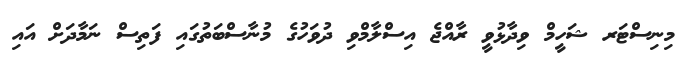
މިނިސްޓަރ ޝަހީމް ވިދާޅުވީ ރާއްޖެ އިސްލާމްވި ދުވަހުގެ މުނާސްބަތުގައި ފަތިސް ނަމާދަށް އައި